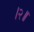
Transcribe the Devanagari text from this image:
।२॥